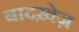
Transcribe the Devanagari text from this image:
बादख़ेज़